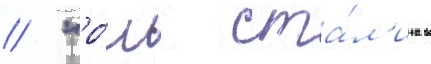
/ "ро́ль ста́л'ина в